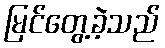
မြင်တွေ့ခဲ့သည်